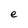
Character: e